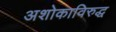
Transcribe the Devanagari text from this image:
अशोकाविरुद्ध